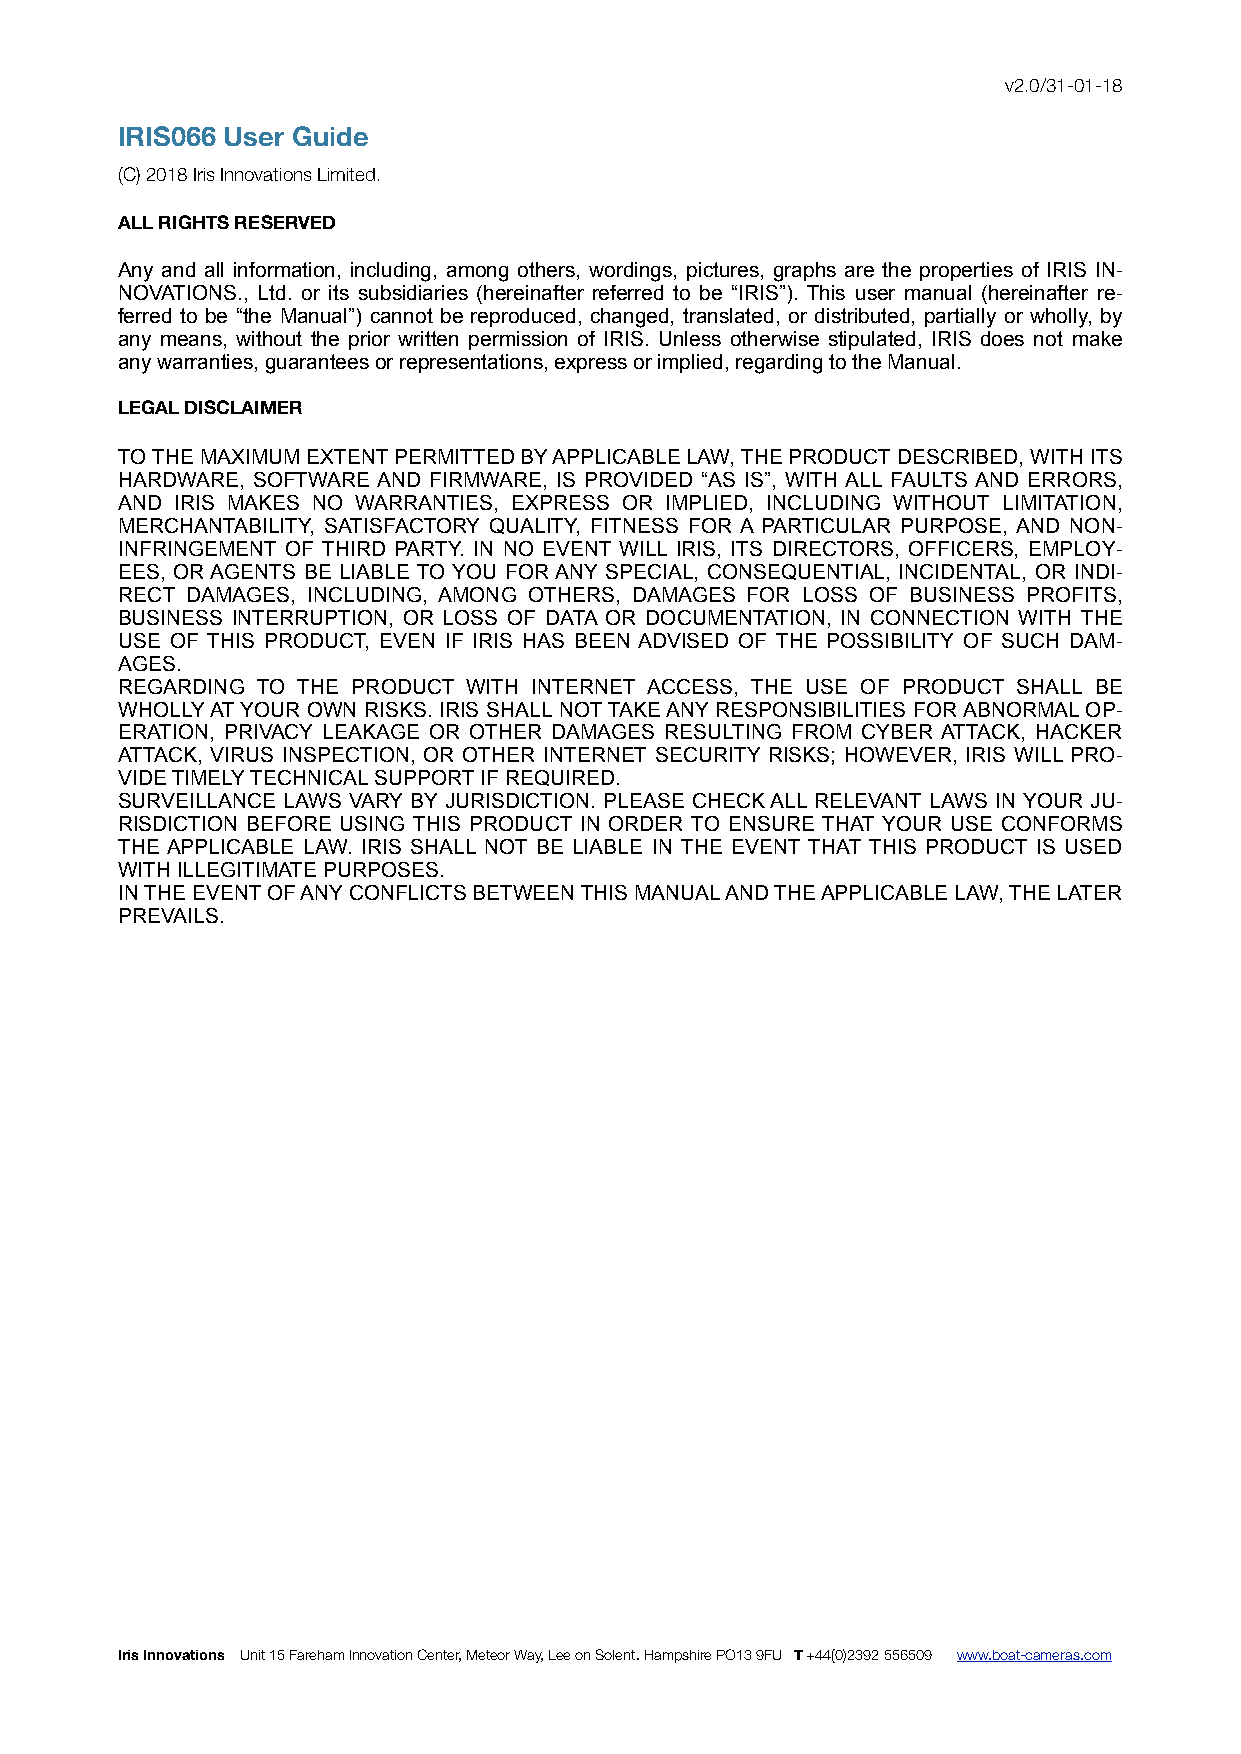
v2.0/31-01-18
 IRIS066 User Guide
 (C)2018 Iris Innovations Limited.
 ALL RIGHTS RESERVED
 Any and all information, including, among others, wordings, pictures, graphs are the properties of IRIS IN-
 NOVATIONS., Ltd. or its subsidiaries (hereinafter referred to be “IRIS”). This user manual (hereinafter re-
 ferred to be “the Manual”) cannot be reproduced, changed, translated, or distributed, partially or wholly, by
 any means, without the prior written permission of IRIS. Unless otherwise stipulated, IRIS does not make
 any warranties, guarantees or representations, express or implied, regarding to the Manual.
 LEGAL DISCLAIMER
 TO THE MAXIMUM EXTENT PERMITTED BY APPLICABLE LAW, THE PRODUCT DESCRIBED, WITH ITS
 HARDWARE, SOFTWARE AND FIRMWARE, IS PROVIDED “AS IS”, WITH ALL FAULTS AND ERRORS,
 AND IRIS MAKES NO WARRANTIES, EXPRESS OR IMPLIED, INCLUDING WITHOUT LIMITATION,
 MERCHANTABILITY, SATISFACTORY QUALITY, FITNESS FOR A PARTICULAR PURPOSE, AND NON-
 INFRINGEMENT OF THIRD PARTY. IN NO EVENT WILL IRIS, ITS DIRECTORS, OFFICERS, EMPLOY-
 EES, OR AGENTS BE LIABLE TO YOU FOR ANY SPECIAL, CONSEQUENTIAL, INCIDENTAL, OR INDI-
 RECT DAMAGES, INCLUDING, AMONG OTHERS, DAMAGES FOR LOSS OF BUSINESS PROFITS,
 BUSINESS INTERRUPTION, OR LOSS OF DATA OR DOCUMENTATION, IN CONNECTION WITH THE
 USE OF THIS PRODUCT, EVEN IF IRIS HAS BEEN ADVISED OF THE POSSIBILITY OF SUCH DAM-
 AGES.
 REGARDING TO THE PRODUCT WITH INTERNET ACCESS, THE USE OF PRODUCT SHALL BE
 WHOLLY AT YOUR OWN RISKS. IRIS SHALL NOT TAKE ANY RESPONSIBILITIES FOR ABNORMAL OP-
 ERATION, PRIVACY LEAKAGE OR OTHER DAMAGES RESULTING FROM CYBER ATTACK, HACKER
 ATTACK, VIRUS INSPECTION, OR OTHER INTERNET SECURITY RISKS; HOWEVER, IRIS WILL PRO-
 VIDE TIMELY TECHNICAL SUPPORT IF REQUIRED.
 SURVEILLANCE LAWS VARY BY JURISDICTION. PLEASE CHECK ALL RELEVANT LAWS IN YOUR JU-
 RISDICTION BEFORE USING THIS PRODUCT IN ORDER TO ENSURE THAT YOUR USE CONFORMS
 THE APPLICABLE LAW. IRIS SHALL NOT BE LIABLE IN THE EVENT THAT THIS PRODUCT IS USED
 WITH ILLEGITIMATE PURPOSES.
 IN THE EVENT OF ANY CONFLICTS BETWEEN THIS MANUAL AND THE APPLICABLE LAW, THE LATER
 PREVAILS.
 Iris Innovations Unit 15 Fareham Innovation Center, Meteor Way, Lee on Solent. Hampshire PO13 9FU T +44(0)2392 556509 www.boat-cameras.com